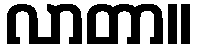
လာတာ။